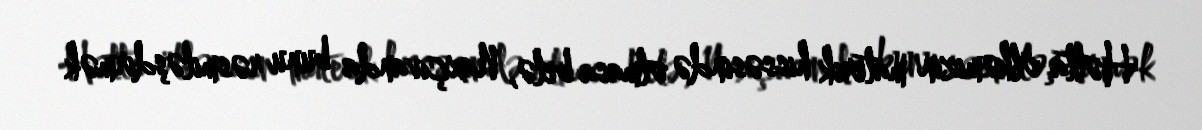
Hətta ölkəmizin materik hissəsində olmasa belə, Naxçıvanda bunu rəsmiləşdirmək